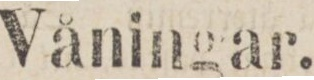
Våningar.